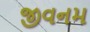
જીવનમ